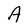
Character: A